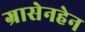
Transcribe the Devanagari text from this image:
ग्रासेनहेन